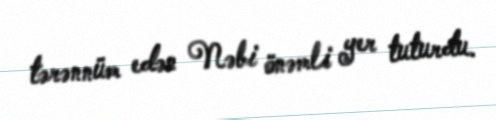
tərənnüm edən Nəbi önəmli yer tuturdu.